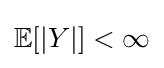
\mathbb {E} [|Y|]<\infty